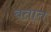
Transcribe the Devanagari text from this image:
बतात